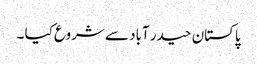
پاکستان حیدر آباد سے شروع کیا ۔